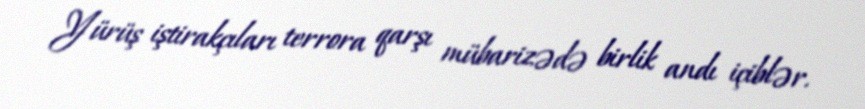
Yürüş iştirakçıları terrora qarşı mübarizədə birlik andı içiblər.